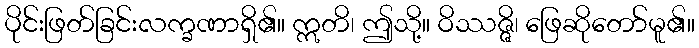
ပိုင်းဖြတ်ခြင်းလက္ခဏာရှိ၏။ ဣတိ၊ ဤသို့။ ဝိဿဇ္ဇိ၊ ဖြေဆိုတော်မူ၏။